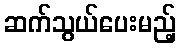
ဆက်သွယ်ပေးမည့်